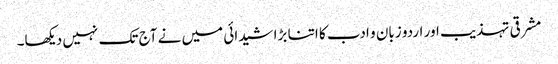
مشرقی تہذیب اور اردو زبان و ادب کا اتنا بڑا شیدائی میں نے آج تک نہیں دیکھا۔